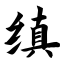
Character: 缜